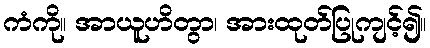
ကံကို။ အာယူဟိတွာ၊ အားထုတ်ပြုကျင့်၍။